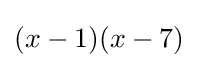
(x-1)(x-7)